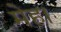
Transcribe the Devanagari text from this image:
मेह।